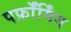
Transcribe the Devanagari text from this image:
पर्फ़ॉर्मिंग